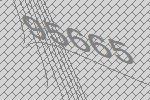
95665